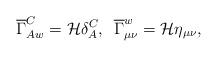
LaTeX: \begin{align*}\overline{\Gamma}_{A w}^{C} = {\cal H} \delta_{A}^{C},\,\,\,\overline{\Gamma}_{\mu\nu}^{w} = {\cal H}\eta_{\mu\nu},\end{align*}